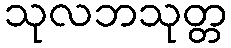
သုလဘသုတ္တ